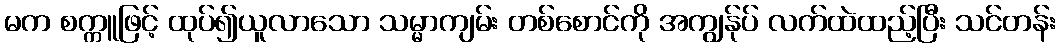
မက စက္ကူဖြင့် ထုပ်၍ယူလာသော သမ္မာကျမ်း တစ်စောင်ကို အကျွန်ုပ် လက်ထဲထည့်ပြီး သင်တန်း